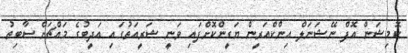
ކޮމިޝަން އޮފް ނޭޝަނަލް އިންކްއަރީން ޔަގީންކޮށްފައި ވަނީ ޝަރީއަތުގައި އަދީބުގެ މައްޗަށް ސާބިތު